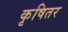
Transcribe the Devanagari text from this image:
कृषितर